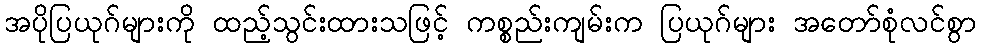
အပိုပြယုဂ်များကို ထည့်သွင်းထားသဖြင့် ကစ္စည်းကျမ်းက ပြယုဂ်များ အတော်စုံလင်စွာ